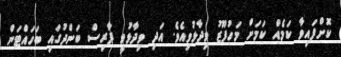
ކޮށްފައިވާ ކަމެއް ކަމަށް މަހުފޫޒު ވިދާޅުވިއެވެ. އަދި ވިދާޅުވީ ފާރިސް ބަންދުގައި ބަހައްޓަން